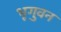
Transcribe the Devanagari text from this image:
भृगुवन